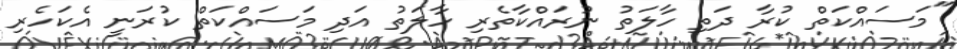
"މަސައްކަތް ކުރާ ދަތި ހާލަތު ނުރައްކާތެރި ހާލަތު އަދި މަސައްކަތް ކުރަނީ އެކަހެރި